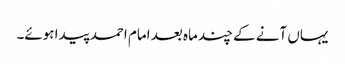
یہاں آنے کے چند ماہ بعد امام احمد پیدا ہوئے۔